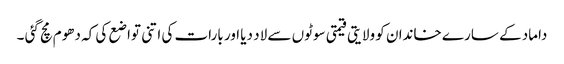
داماد کے سارے خاندان کو ولایتی قیمتی سوٹوں سے لاد دیا اور بارات کی اتنی تواضع کی کہ دھوم مچ گئی ۔